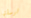
ارسلتها